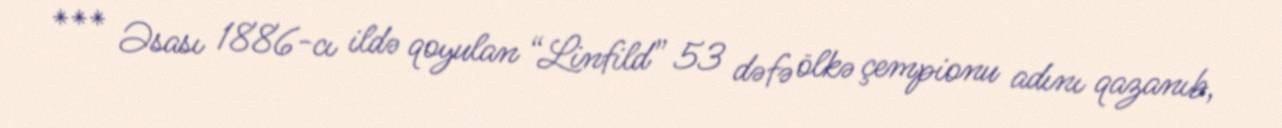
*** Əsası 1886-cı ildə qoyulan “Linfild” 53 dəfə ölkə çempionu adını qazanıb,